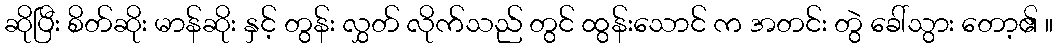
ဆိုပြီး စိတ်ဆိုး မာန်ဆိုး နှင့် တွန်း လွှတ် လိုက်သည် တွင် ထွန်းသောင် က အတင်း တွဲ ခေါ်သွား တော့၏ ။